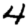
Digit: 4